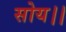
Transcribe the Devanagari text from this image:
सोय।।